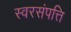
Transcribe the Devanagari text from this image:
स्वरसंपत्ति